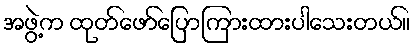
အဖွဲ့က ထုတ်ဖော်ပြောကြားထားပါသေးတယ်။